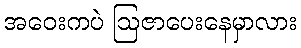
အဝေးကပဲ ဩဇာပေးနေမှာလား